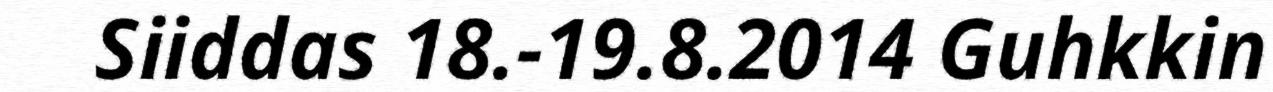
Siiddas 18.-19.8.2014 Guhkkin